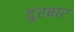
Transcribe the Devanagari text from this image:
दुरबार